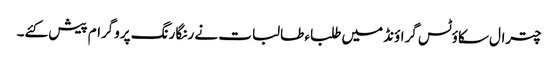
چترال سکاؤٹس گراؤنڈ میں طلباء طالبات نے رنگا رنگ پروگرام پیش کئے۔